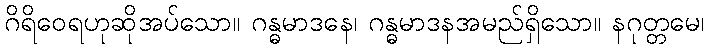
ဂိရိဝေရဟုဆိုအပ်သော။ ဂန္ဓမာဒနေ၊ ဂန္ဓမာဒနအမည်ရှိသော။ နဂုတ္တမေ၊